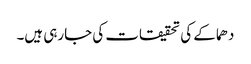
دھماکے کی تحقیقات کی جارہی ہیں۔